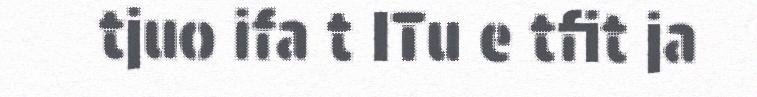
tjuo ifa t ITu e tfit ja